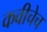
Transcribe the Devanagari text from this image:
कवीचेच